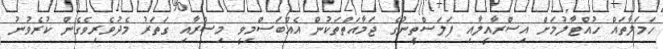
ހަމަލާތައް ހުއްޓާލުމަށް އިސްރާއީލާއި ފަލަސްތީނުގެ ޖަމާއަތްތަކުން އެއްބަސްމިވީ މިސްރާއި ގަތަރު މެދުވެރިވެގެން ކުރެވުނު